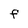
Character: F